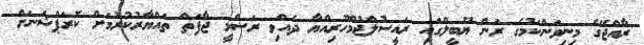
ރާއްޖޭގެ މިނިވަންކަމުގެ ރަން ޔޫބީލްގައި ރައީސުލްޖުމްހޫރިއްޔާ ދެއްވި ރަސްމީ ޖާފަތް ތައްޔާރުކުރުމަށް ކޮރަޕްޝަނަށް